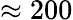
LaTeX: \approx 200